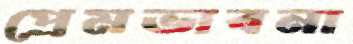
প্রেমভাবনা